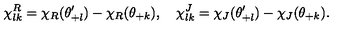
\chi _ { l k } ^ { R } = \chi _ { R } ( \theta _ { + l } ^ { \prime } ) - \chi _ { R } ( \theta _ { + k } ) , \quad \chi _ { l k } ^ { J } = \chi _ { J } ( \theta _ { + l } ^ { \prime } ) - \chi _ { J } ( \theta _ { + k } ) .